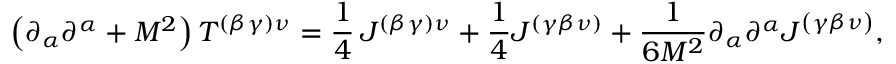
\left( \partial _ { \alpha } \partial ^ { \alpha } + M ^ { 2 } \right) T ^ { ( \beta \gamma ) \nu } = \frac { 1 } { 4 } \, J ^ { ( \beta \gamma ) \nu } + \frac { 1 } { 4 } J ^ { ( \gamma \beta \nu ) } + \frac { 1 } { 6 M ^ { 2 } } \partial _ { \alpha } \partial ^ { \alpha } J ^ { \left( \gamma \beta \nu \right) } ,